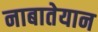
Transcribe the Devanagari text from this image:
नाबातेयान